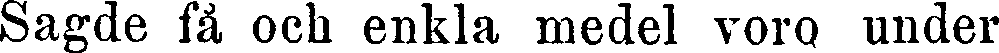
Sagde få och enkla medel voro under